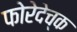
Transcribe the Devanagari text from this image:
फोरेदेच्क